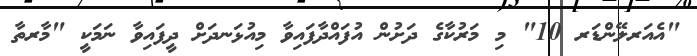
"އެއަރލޭންޑަރ 10" މި މަރުކާގެ ދަށުން އުފައްދާފައިވާ މިއުޅަނދަށް ދީފައިވާ ނަމަކީ "މާރތާ